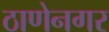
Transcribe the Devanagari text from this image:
ठाणेनगर